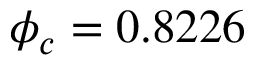
\phi _ { c } = 0 . 8 2 2 6